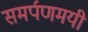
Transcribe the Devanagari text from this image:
समर्पणमयी